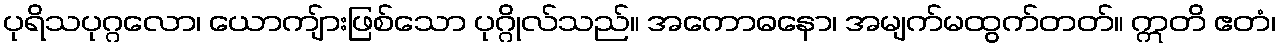
ပုရိသပုဂ္ဂလော၊ ယောကျ်ားဖြစ်သော ပုဂ္ဂိုလ်သည်။ အကောဓနော၊ အမျက်မထွက်တတ်။ ဣတိ ဧတံ၊